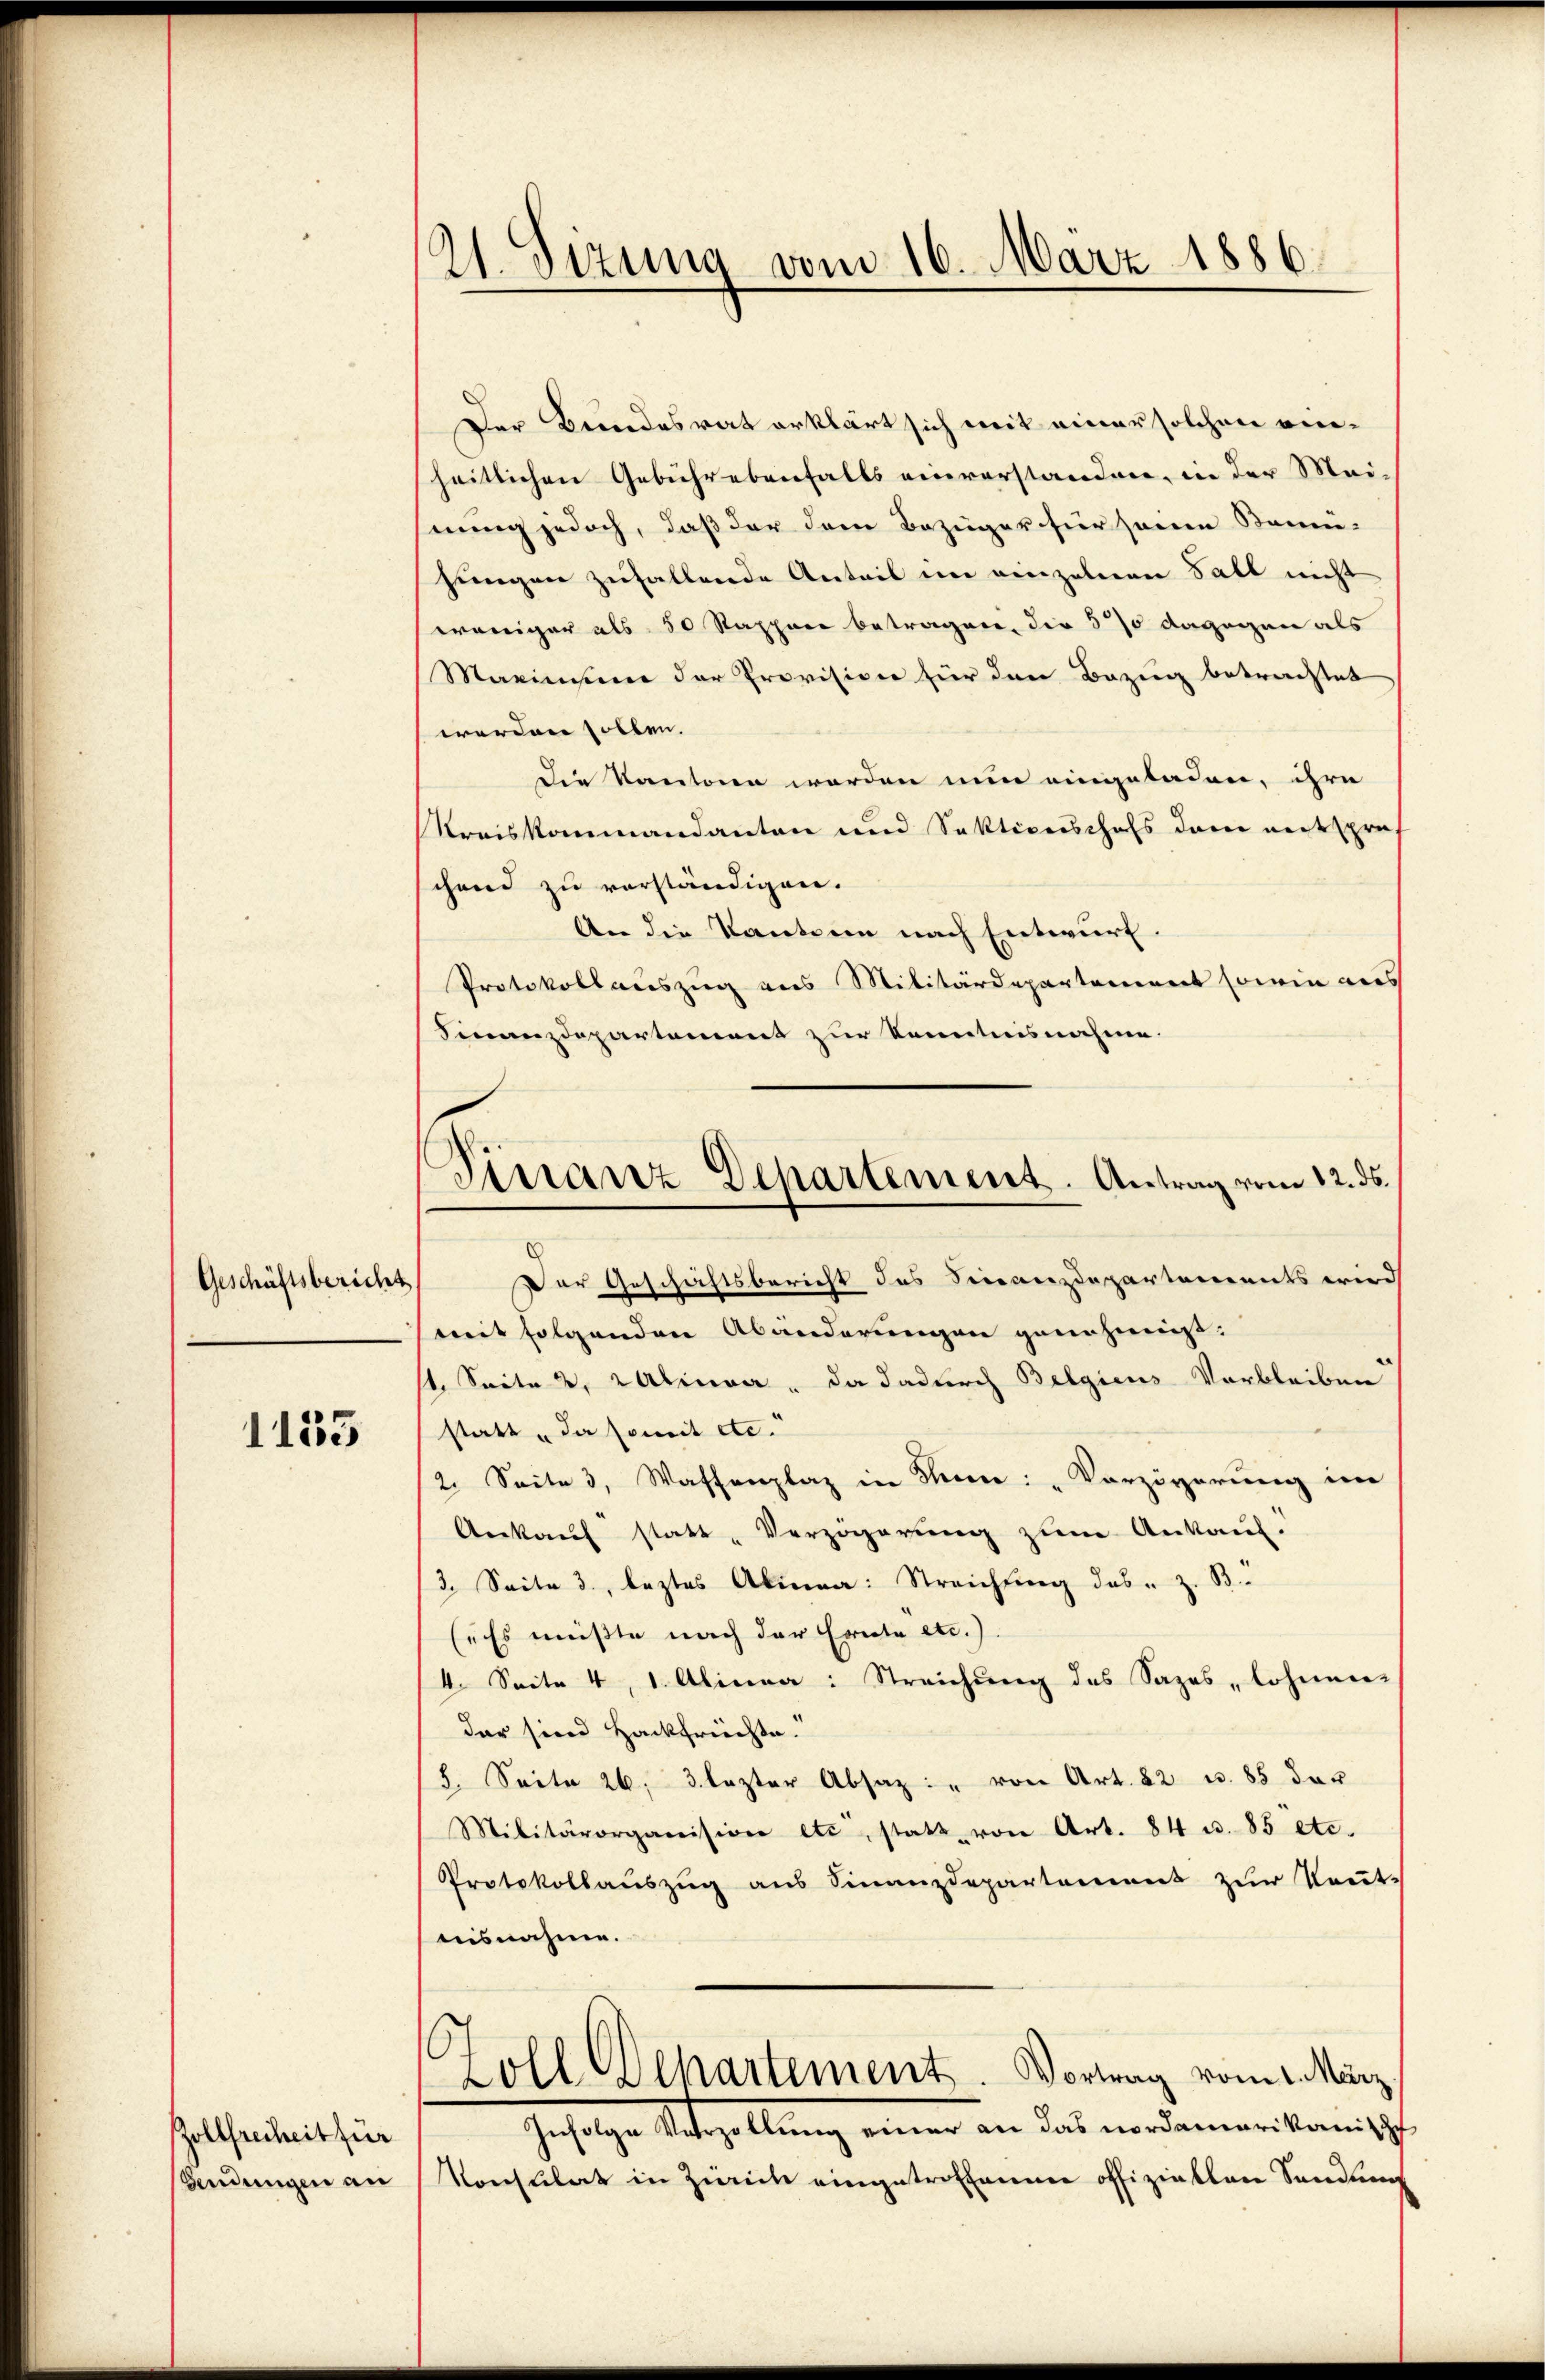
Geschäftsbericht

1133

Zollfreiheit für
Sendungen an

21. Sizung vom 16. März 1886.

Finanz-Departement. Antrag vom 12. ds.

Der Bundesrat erklärt sich mit einer solchen einheitlichen Gebührebenfalls einverstanden, in der Mai-
hnung jedoch, daß der dem Bezüger für seinen Samm-
jungen zufallende Anteil im einzelnen Fall nicht
weniger als 50 Rappare betragen, die 570 dagegen als
Marinnen der Provisione für den Bezug betrachtet
werden sollen.
die kantonen werden nun eingeladen, ihre
Kreiskommandanten und Sekticeschafs dem entspre
schend zu verständigen.
An die Kantonen nach Entwurf.
Protokollauszug aus Militärdepartement sowie aus
Finanzdepartement zur Kenntnisnahme.
Der Geschäftsbericht des Finanzdepartements wird
mit folgenden Abänderungen genehmigt:
1. Seite 2, Latinner, da dadurch Belgiens Verbleiben
statt „da soweit etc.
2. Seite 3, Waffenplaz in Sinn: „Verzögerung im
Ankauf statt Verzögerung zum Ankauf.
/3. Seite 3, leztes Alinea: Streichtung des z. B.
(„Es müßte nach der Ernte etc.).
4. Seite 4, 1. Alinea: Streichung des Sazes, lohnen
dar sind Hackfrichte.
8. Seite 26. 3 lezter Absaz: " von Art. 22 u. 85 der
Militärorganision etc, statt von Art. 84 u. 85 etc.
Protokollaŭszŭg ans Finanzdepartaneneit zŭr Kennt-
nisnahme.
Zoll Departement. Vortrag vom 1. März
Gesetze Stellung einer an das modemen konische
Konsulat in Zürich eingetroffenen offiziellen Sendung